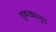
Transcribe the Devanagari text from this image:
तुकड्यातून